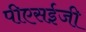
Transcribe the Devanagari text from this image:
पीएसईजी